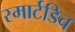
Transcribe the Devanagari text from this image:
स्मार्टडिच